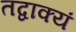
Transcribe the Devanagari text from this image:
तद्वाक्यं